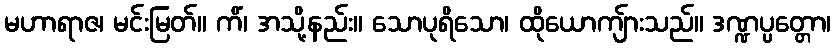
မဟာရာဇ၊ မင်းမြတ်။ ကိံ၊ အသို့နည်း။ သောပုရိသော၊ ထိုယောကျ်ားသည်။ ဒဏ္ဍပ္ပတ္တော၊